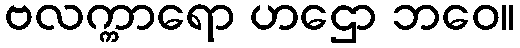
ဗလက္ကာရော ဟဌော ဘဝေ။